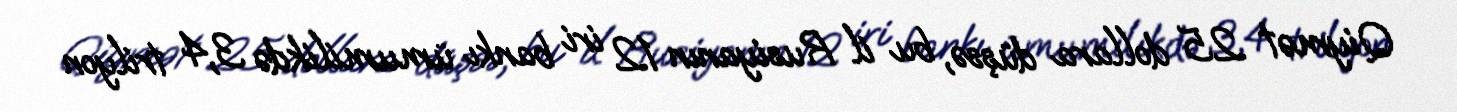
Qiymət 25 dollara düşsə, bu il Rusiyanın 12 iri bankı ümumilikdə 3,4 trilyon